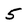
Character: 5